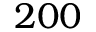
2 0 0